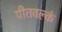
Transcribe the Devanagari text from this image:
पीतवल्कं